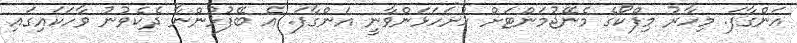
އަންގާފަ. މިހާރު މިފްކޯގެ މެނޭޖުމަންޓަށް ހުށަހަޅަންވާނީ އަންގާފަ. އެ ބޭފުޅުންނާ ދެކެވުނު ވާހަކައިގައި